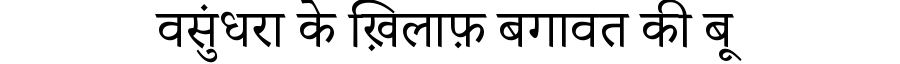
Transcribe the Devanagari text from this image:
वसुंधरा के ख़िलाफ़ बगावत की बू